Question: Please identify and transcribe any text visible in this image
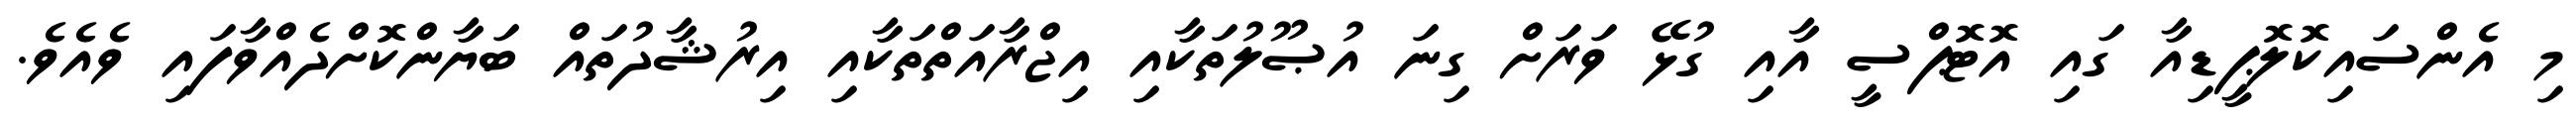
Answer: މި އެންސައިކޮލޮޕީޑިއާ ގައި އޮޓޮޕްސީ އާއި ގުޅޭ ވަރަށް ގިނަ އުޞޫލުތަކާއި އިޖްރާއަތްތަކާއި އިރުޝާދުތައް ބަޔާންކޮށްދެއްވާފައި ވެއެވެ.